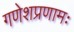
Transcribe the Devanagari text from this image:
गणेशप्रणामः